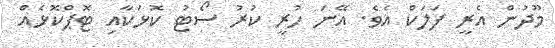
މޫދުން އެރީ ފަލަކް އެވެ. އޭނަ ހުރީ ކުރު ސޯޓު ކޮޅަކާއި ޓޮޕްކޮޅެއް